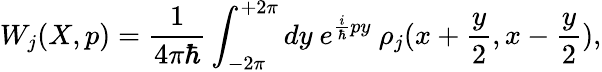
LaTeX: W_{j}(X,p)=\frac{1}{4\pi\hbar}\int_{-2\pi}^{+2\pi}dy~e^{{\frac{i}{\hbar}}py}~\rho_{j}(x+{\frac{y}{2}},x-{\frac{y}{2}}),